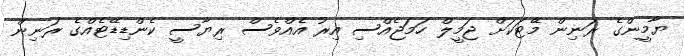
ޔާމީންގެ ރަނިން މޭޓަކަށް ޖަމީލް ހަމަޖެއްސި އިރު އެއްވެސް ރިޔާސީ ކެންޑިޑޭޓެއްގެ ރަނިން